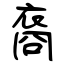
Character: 裔